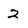
Character: 2